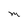
Character: M